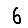
Digit: 6